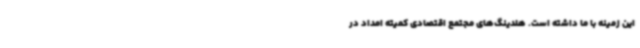
این زمینه با ما داشته است. هلدینگ‌های مجتمع اقتصادی کمیته امداد در